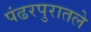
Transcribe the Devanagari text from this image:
पंढरपुरातले